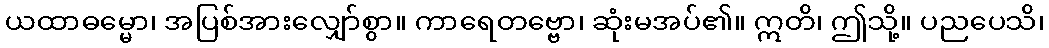
ယထာဓမ္မော၊ အပြစ်အားလျှော်စွာ။ ကာရေတဗ္ဗော၊ ဆုံးမအပ်၏။ ဣတိ၊ ဤသို့။ ပညပေသိ၊